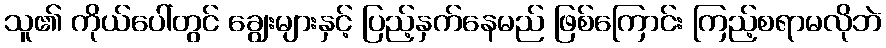
သူ၏ ကိုယ်ပေါ်တွင် ချွေးများနှင့် ပြည့်နှက်နေမည် ဖြစ်ကြောင်း ကြည့်စရာမလိုဘဲ